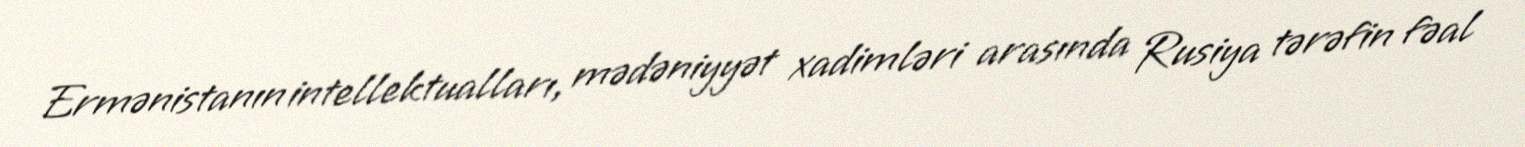
Ermənistanın intellektualları, mədəniyyət xadimləri arasında Rusiya tərəfin fəal